Annual administration report of the Civil Veterinary Department of India - 1902-1903
Year: 1902
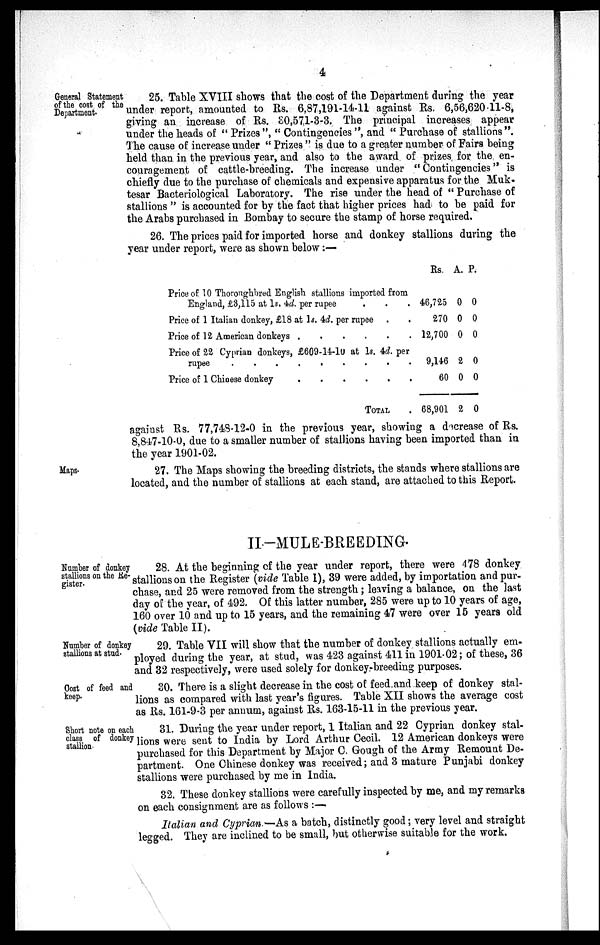
4
General Statement
of the cost of the
Department.
25. Table XVIII shows that the cost of the Department during the year
under report, amounted to Rs. 6,87,191-14-11 against Rs. 6,56,620-11-8,
giving an increase of Rs. 30,571-3-3. The principal increases appear
under the heads of "Prizes", "Contingencies", and "Purchase of stallions".
The cause of increase under "Prizes" is due to a greater number of Fairs being
held than in the previous year, and also to the award of prizes for the en-
couragement of cattle-breeding. The increase under "Contingencies" is
chiefly due to the purchase of chemicals and expensive apparatus for the Muk¬
tesar Bacteriological Laboratory. The rise under the head of "Purchase of
stallions" is accounted for by the fact that higher prices had to be paid for
the Arabs purchased in Bombay to secure the stamp of horse required.
26. The prices paid for imported horse and donkey stallions during the
year under report, were as shown below:—
Price of 10 Thoroughbred English stallions imported from
England, £3,115 at 1s. 4d. per rupee . . .
Price of 1 Italian donkey, £18 at 1s. 4d. per rupee . .
Price of 12 American donkeys
.
.
.
.
.
.
Price of 22 Cyprian donkeys, £609-14-10 at 1s. 4d. per
rupee . . . . . . . . .
Price of 1 Chinese donkey
.
.
.
.
.
.
TOTAL .
Rs.
46,725
270
12,700
9,146
60
68,901
A.
0
0
0
2
0
2
P.
0
0
0
0
0
0
against Rs. 77,748-12-0 in the previous year, showing a decrease of Rs.
8,847-10-0, due to a smaller number of stallions having been imported than in
the year 1901-02.
Maps.
27. The Maps showing the breeding districts, the stands where stallions are
located, and the number of stallions at each stand, are attached to this Report.
II—MULE-BREEDING.
Number of donkey
stallions on the Re¬
gister.
28. At the beginning of the year under report, there were 478 donkey
stallions on the Register (vide Table I), 39 were added, by importation and pur-
chase, and 25 were removed from the strength; leaving a balance, on the last
day of the year, of 492. Of this latter number, 285 were up to 10 years of age,
160 over 10 and up to 15 years, and the remaining 47 were over 15 years old
(vide Table II).
Number of donkey
stallions at stud.
29. Table VII will show that the number of donkey stallions actually em-
ployed during the year, at stud, was 423 against 411 in 1901-02; of these, 36
and 32 respectively, were used solely for donkey-breeding purposes.
Cost of feed and
keep.
30. There is a slight decrease in the cost of feed and keep of donkey stal-
lions as compared with last year's figures. Table XII shows the average cost
as Rs. 161-9-3 per annum, against Rs. 163-15-11 in the previous year.
Short note on each
class of donkey
stallion.
31. During the year under report, 1 Italian and 22 Cyprian donkey stal-
lions were sent to India by Lord Arthur Cecil. 12 American donkeys were
purchased for this Department by Major C. Gough of the Army Remount De-
partment. One Chinese donkey was received; and 3 mature Punjabi donkey
stallions were purchased by me in India.
32. These donkey stallions were carefully inspected by me, and my remarks
on each consignment are as follows :—
Italian and Cyprian.—As a batch, distinctly good; very level and straight
legged. They are inclined to be small, but otherwise suitable for the work.